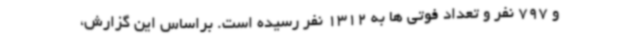
و 797 نفر و تعداد فوتی ها به 1312 نفر رسیده است. براساس این گزارش،